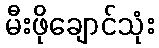
မီးဖိုချောင်သုံး